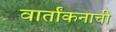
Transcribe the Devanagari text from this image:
वार्तांकनाची